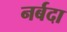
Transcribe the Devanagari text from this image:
नर्बदा